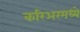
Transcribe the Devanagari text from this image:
करिअरमध्ये